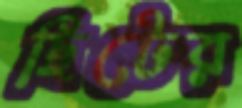
ছিটের